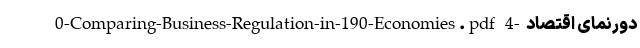
0-Comparing-Business-Regulation-in-190-Economies.pdf 4- دورنمای اقتصاد